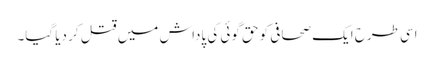
اسی طرح ایک صحافی کو حق گوئی کی پاداش میں قتل کر دیا گیا۔